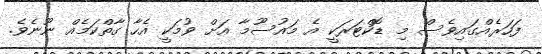
ފަހަރެއްގައިވެސް މި ޑޮކްޓަރަކީ އެ މައުސޫމާ އަށް ވުމަކީ އެހާ ގާތްކަމެއް ނޫނެވެ.